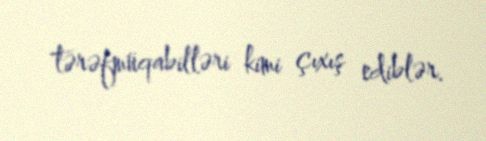
tərəfmüqabilləri kimi çıxış ediblər.